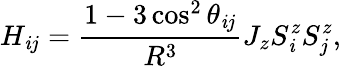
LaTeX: H_{\mathit{i}j}=\frac{{1-3\cos^{2}\theta_{\mathit{i}j}}}{{R^{3}}}J_{z}S_{\mathit{i}}^{z}S_{j}^{z},